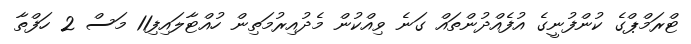
ޓްރަމްޕްގެ ކުންފުނީގެ އުފެއްދުންތައް ގަނެ ވިއްކުން މެދުއިރުމަތިން ހުއްޓާލައިފި11 މަސް 2 ހަފްތާ